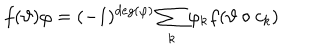
f ( \vartheta ) \varphi = ( - 1 ) ^ { d e g ( \varphi ) } \sum _ { k } \varphi _ { k } f ( \vartheta \circ c _ { k } )